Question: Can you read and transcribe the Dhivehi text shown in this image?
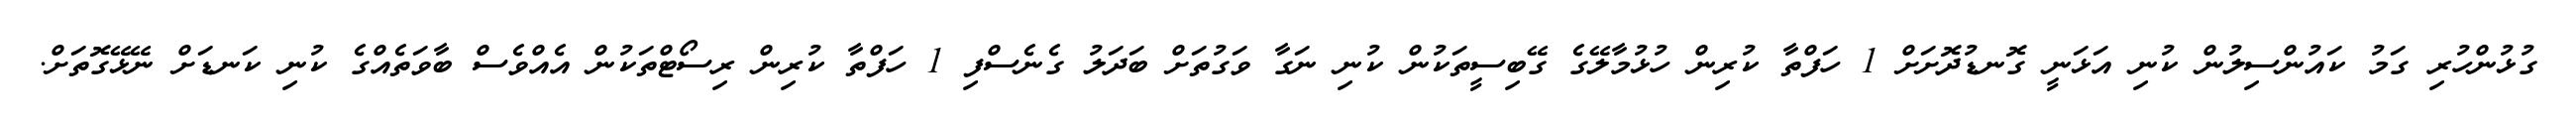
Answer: ގުޅުންހުރި ގަމު ކައުންސިލުން ކުނި އަޅަނީ ގޮނޑުދޮށަށް 1 ހަފްތާ ކުރިން ހުޅުމާލޭގެ ގޭބިސީތަކުން ކުނި ނަގާ ވަގުތަށް ބަދަލު ގެނެސްފި 1 ހަފްތާ ކުރިން ރިސޯޓްތަކުން އެއްވެސް ބާވަތެއްގެ ކުނި ކަނޑަށް ނޭޅޭގޮތަށް.